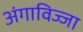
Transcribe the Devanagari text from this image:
अंगाविज्जा